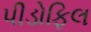
પીડોફિલ